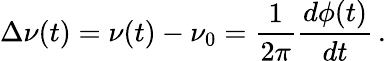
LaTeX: \Delta\nu(t)=\nu(t)-\nu_{0}=\frac{1}{2\pi}\frac{d\phi(t)}{dt}\, .